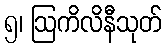
၅၊ ဩကိလိနီသုတ်